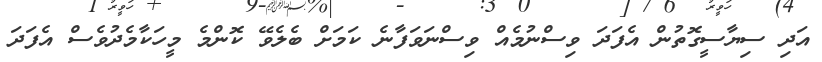
އަދި ސިޔާސީގޮތުން އެފަދަ ވިސްނުމެއް ވިސްނަވަފާނެ ކަމަށް ބެލެވޭ ކޮންމެ މީހަކާމެދުވެސް އެފަދަ